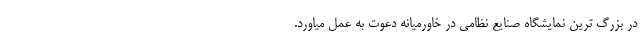
در بزرگ ترین نمایشگاه صنایع نظامی در خاورمیانه دعوت به عمل میاورد.